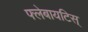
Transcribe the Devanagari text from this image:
फ्लेबायटिस्